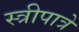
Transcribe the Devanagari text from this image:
स्त्रीपात्रे